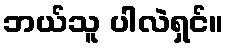
ဘယ်သူ ပါလဲရှင်။